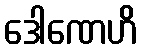
ဒေါဏေဟိ